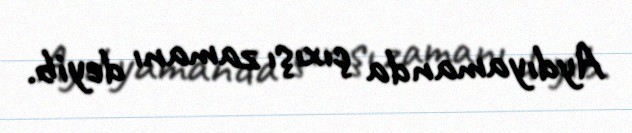
Aydıyamanda çıxışı zamanı deyib.